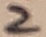
Text: 2